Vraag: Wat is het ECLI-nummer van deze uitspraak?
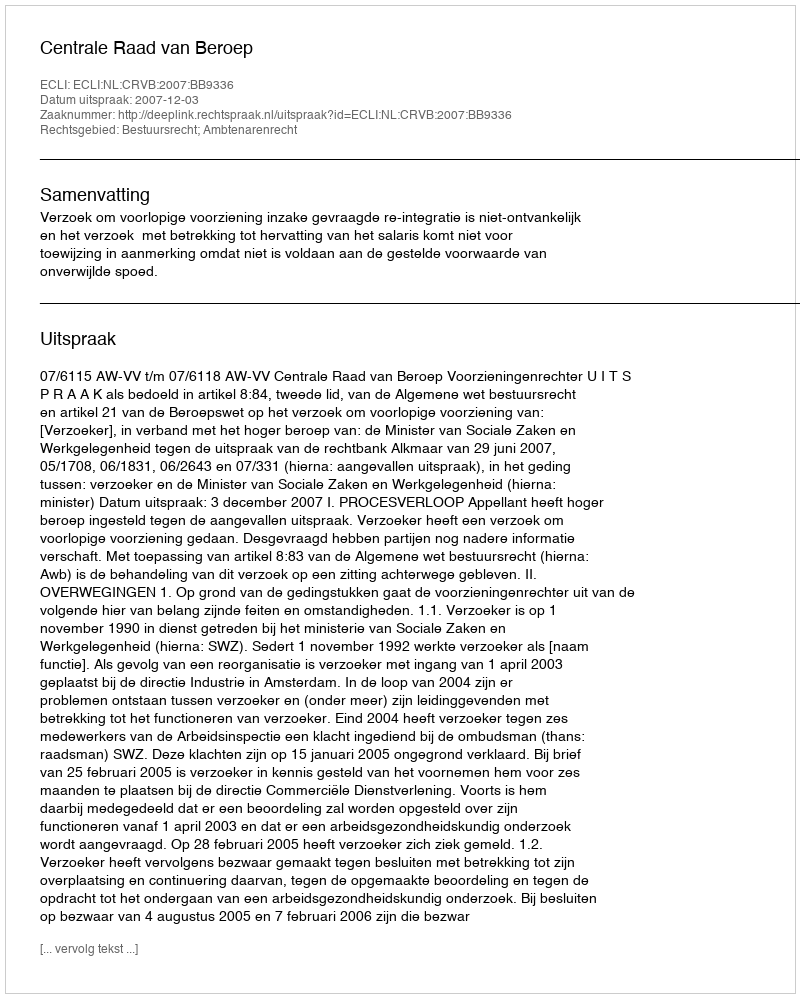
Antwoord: ECLI:NL:CRVB:2007:BB9336